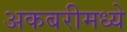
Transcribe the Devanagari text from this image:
अकबरीमध्ये